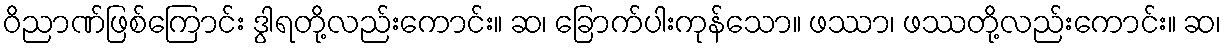
ဝိညာဏ်ဖြစ်ကြောင်း ဒွါရတို့လည်းကောင်း။ ဆ၊ ခြောက်ပါးကုန်သော။ ဖဿာ၊ ဖဿတို့လည်းကောင်း။ ဆ၊